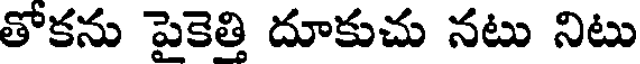
తోకను పైకెత్తి దూకుచు నటు నిటు